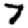
Digit: 7